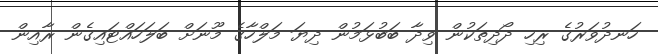
ހަނދުވަރުގެ ރިހި ދޯދިތަކުން ވިދާ ބަބުޅަމުން ދިޔަ މަލްހާގެ މޫނަށް ބަލަހައްޓައިގެން ރާއިން